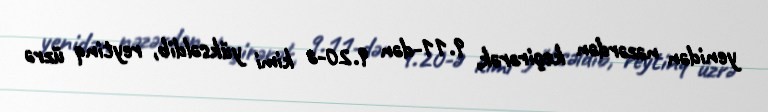
yenidən nəzərdən keçirərək, 9.11-dən 9.20-ə kimi yüksəldib, reytinq üzrə